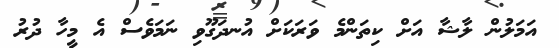
އަމަލުން ލާޝާ އަށް ކިތަންމެ ވަރަކަށް އުނދަގޫވި ނަމަވެސް އެ މީހާ ދުރު